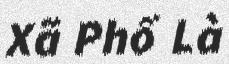
Xã Phố Là